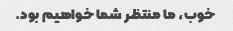
خوب، ما منتظر شما خواهیم بود.